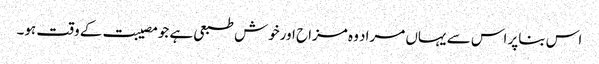
اس بناپر اس سے یہاں مراد وہ مزاح اورخوش طبعی ہے جومصیبت کے وقت ہو۔